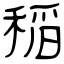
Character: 稲